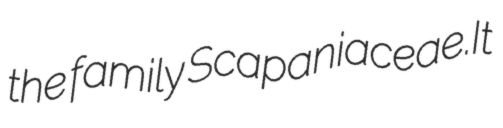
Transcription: the family Scapaniaceae.It